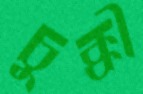
চুক্কী